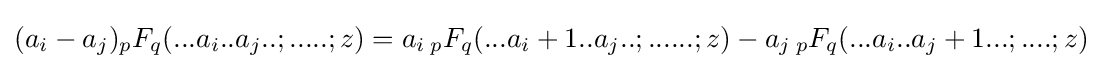
(a_{i}-a_{j}){}_{p}F_{q}(...a_{i}..a_{j}..;.....;z)=a_{i}\,{}_{p}F_{q}(...a_{i}+1..a_{j}..;......;z)-a_{j}\,{}_{p}F_{q}(...a_{i}..a_{j}+1...;....;z)